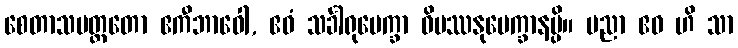
စေတာသမတ္ထတော ဧကီဘာဝေါ, ဧဝံ သင်္ခါရုပေက္ခာ ဝိပဿနုပေက္ခာနမ္ပိ။ ပညာ ဧဝ ဟိ သာ